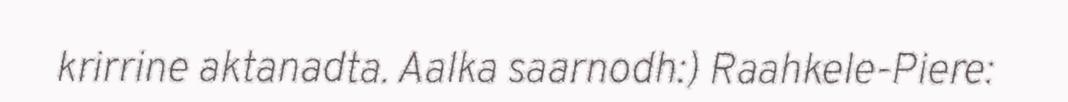
krirrine aktanadta. Aalka saarnodh:) Raahkele-Piere: